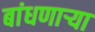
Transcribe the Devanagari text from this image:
बांधणार्‍या